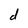
Character: d